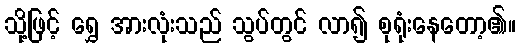
သို့ဖြင့် ရွှေ အားလုံးသည် သွပ်တွင် လာ၍ စုရုံးနေတော့၏။